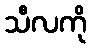
သီလကို